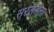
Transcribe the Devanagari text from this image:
सरलमना